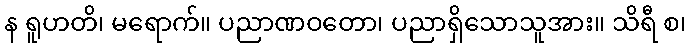
န ရူဟတိ၊ မရောက်။ ပညာဏဝတော၊ ပညာရှိသောသူအား။ သိရီ စ၊